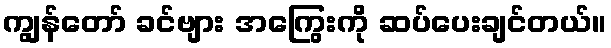
ကျွန်တော် ခင်ဗျား အကြွေးကို ဆပ်ပေးချင်တယ်။